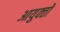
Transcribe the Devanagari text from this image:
आयुक्‍तों